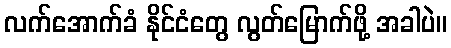
လက်အောက်ခံ နိုင်ငံတွေ လွတ်မြောက်ဖို့ အခါပဲ။